Report on sanitation, dispensaries, and jails in Rajputana for 1918, and on vaccination for the year 1918-1919 - 1918-1919
Year: 1918
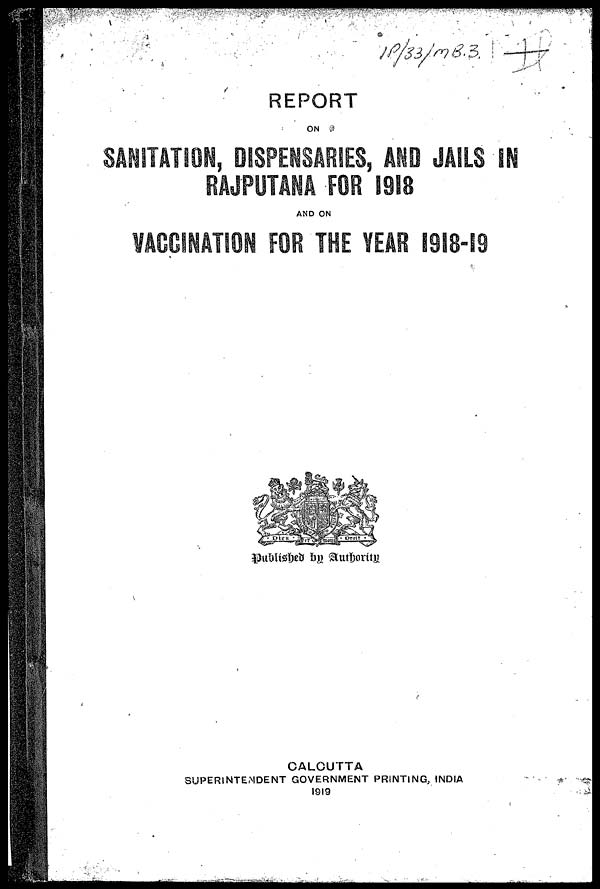
REPORT
ON
SANITATION, DISPENSARIES, AND JAILS IN
RAJPUTANA FOR 1918
AND ON
VACCINATION FOR THE YEAR 1918-19
Published by Authority
CALCUTTA
SUPERINTENDENT GOVERNMENT PRINTING, INDIA
1919